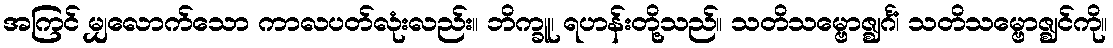
အကြင် မျှလောက်သော ကာလပတ်လုံးလည်း။ ဘိက္ခူ၊ ရဟန်းတို့သည်။ သတိသမ္ဗောဇ္ဈင်္ဂံ၊ သတိသမ္ဗောဇ္ဈင်ကို။